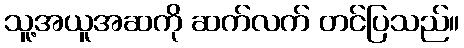
သူ့အယူအဆကို ဆက်လက် တင်ပြသည်။